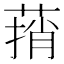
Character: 𰱬